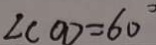
\angle C O D = 6 0 ^ { \circ }